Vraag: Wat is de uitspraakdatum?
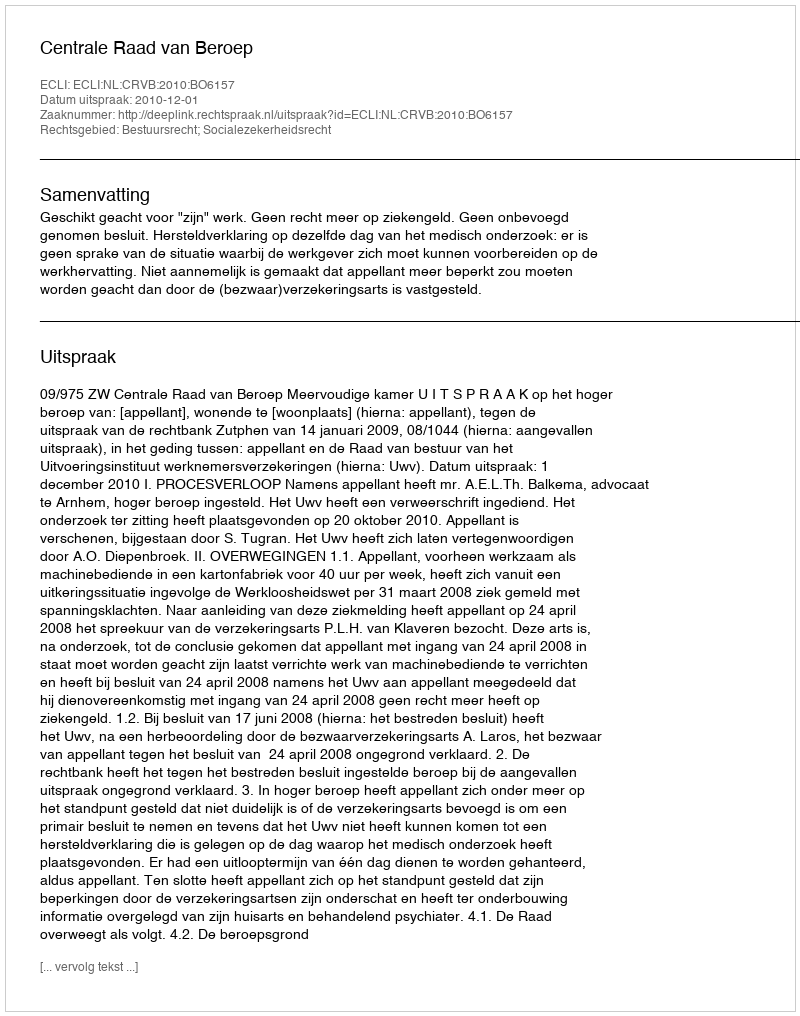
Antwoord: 2010-12-01